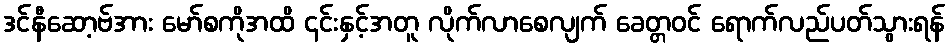
ဒင်နီဆော့ဗ်အား မော်စကိုအထိ ၎င်းနှင့်အတူ လိုက်လာစေလျက် ခေတ္တဝင် ရောက်လည်ပတ်သွားရန်